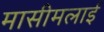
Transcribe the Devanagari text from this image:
मासीमलाई